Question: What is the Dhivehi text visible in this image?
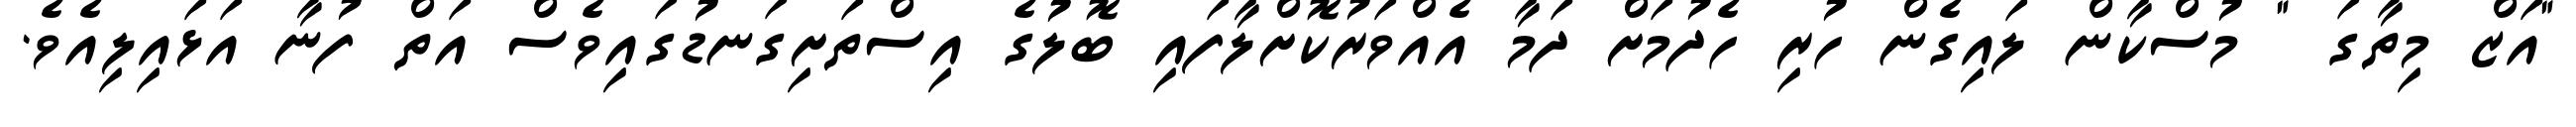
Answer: "އަޒް މިތާގަ " މުސްކާން ލައިގެން ހުރި ހެދުމަށް ދަމާ އެއްވަރުކޮށްލާފައި ބޮލުގެ އިސްތަށިގަނޑުގައިވެސް އަތް ފުނާ އަޅައިލިއެވެ.